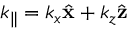
{ \boldsymbol k _ { \parallel } } = k _ { x } \hat { \bf x } + k _ { z } \hat { \bf z }